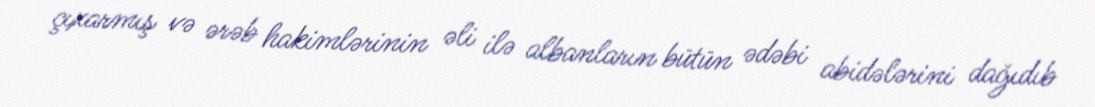
çıxarmış və ərəb hakimlərinin əli ilə albanların bütün ədəbi abidələrini dağıdıb